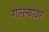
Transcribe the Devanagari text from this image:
गल्ल्यावर